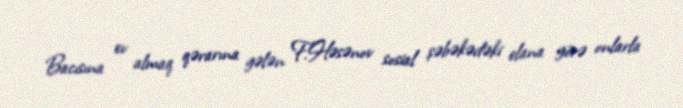
Bacısına ev almaq qərarına gələn F.Həsənov sosial şəbəkədəki elana görə onlarla